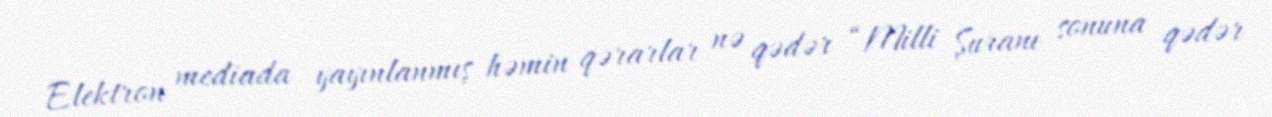
Elektron mediada yayınlanmış həmin qərarlar nə qədər “Milli Şuranı sonuna qədər